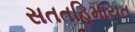
સતતહિમાયત